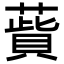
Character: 𦺱